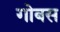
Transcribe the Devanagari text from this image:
गोबस